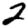
Digit: 2